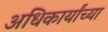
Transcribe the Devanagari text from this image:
अधिकार्यांच्या